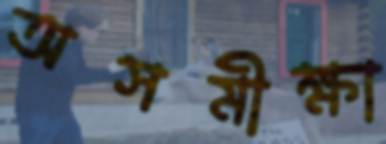
অসমীক্ষা